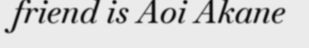
friend is Aoi Akane